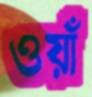
ওয়াঁ